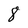
Character: 8